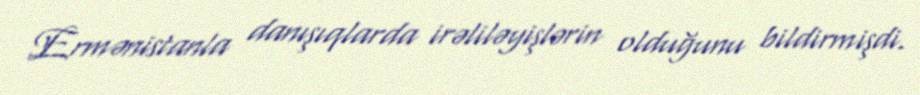
Ermənistanla danışıqlarda irəliləyişlərin olduğunu bildirmişdi.